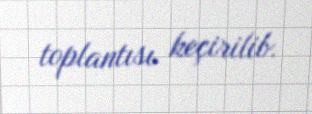
toplantısı keçirilib.